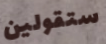
ستقولين